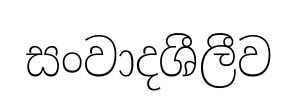
සංවාදශීලීව